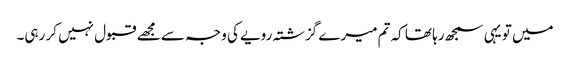
میں تو یہی سمجھ رہا تھا کہ تم میرے گزشتہ رویے کی وجہ سے مجھے قبول نہیں کر رہی۔